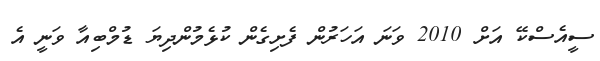
ސީއެސްކޭ އަށް 2010 ވަނަ އަހަރުން ފެށިގެން ކުޅެމުންދިޔަ ޑުމްބިއާ ވަނީ އެ